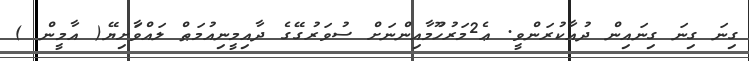
ގިނަ ގިނަ ގިނައިން ދުއާކުރަންވީ. ޢެ2މަރުހުޫމާއިންނަށް ސުވަރުގޭގެ ދާއިމީނިއުމަޠް ލައްވަާށިޔޭ( އާމީން )